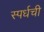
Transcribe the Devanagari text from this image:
स्पर्धची